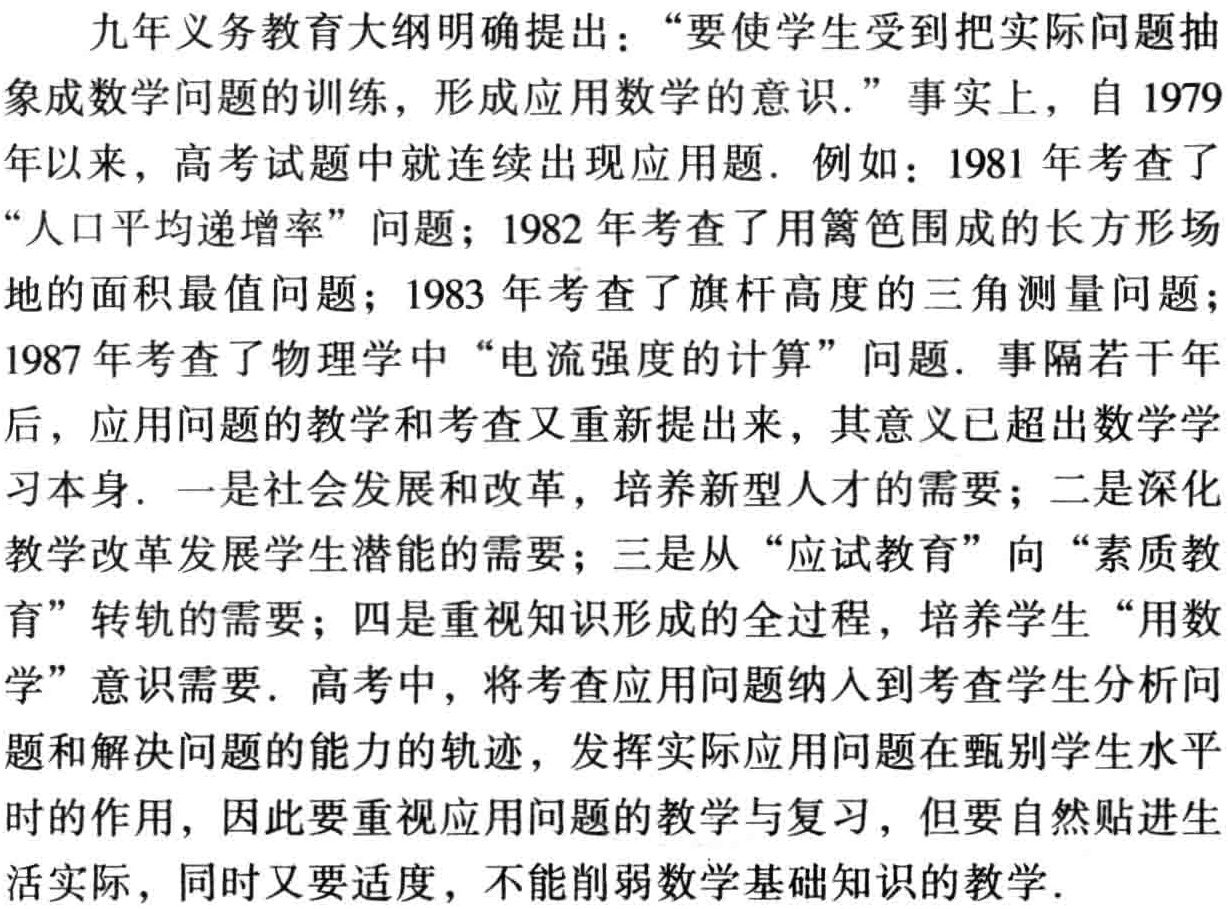
九年义务教育大纲明确提出：“要使学生受到把实际问题抽象成数学问题的训练，形成应用数学的意识.” 事实上，自 1979年以来，高考试题中就连续出现应用题. 例如：1981 年考查了“人口平均递增率” 问题；1982 年考查了用篱笆围成的长方形场地的面积最值问题；1983 年考查了旗杆高度的三角测量问题；1987 年考查了物理学中 “电流强度的计算” 问题. 事隔若干年后，应用问题的教学和考查又重新提出来，其意义已超出数学学习本身. 一是社会发展和改革，培养新型人才的需要；二是深化教学改革发展学生潜能的需要；三是从 “应试教育” 向 “素质教育” 转轨的需要；四是重视知识形成的全过程，培养学生 “用数学” 意识需要. 高考中，将考查应用问题纳入到考查学生分析问题和解决问题的能力的轨迹，发挥实际应用问题在甄别学生水平时的作用，因此要重视应用问题的教学与复习，但要自然贴近生活实际，同时又要适度，不能削弱数学基础知识的教学.